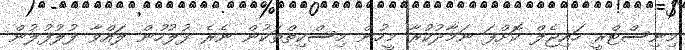
މިނިސްޓްރީ ހައިޖެލް ކޮށްފަ ނަމާދުކުރާ މީހުން މިސްކިތްތަކުން ނެރެ ފުލުހުން ލައްވާ ފުލުފުލުން